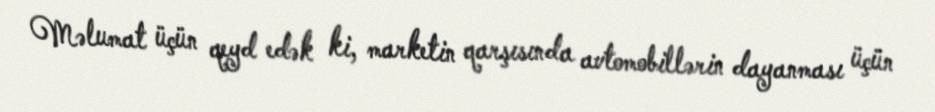
Məlumat üçün qeyd edək ki, marketin qarşısında avtomobillərin dayanması üçün